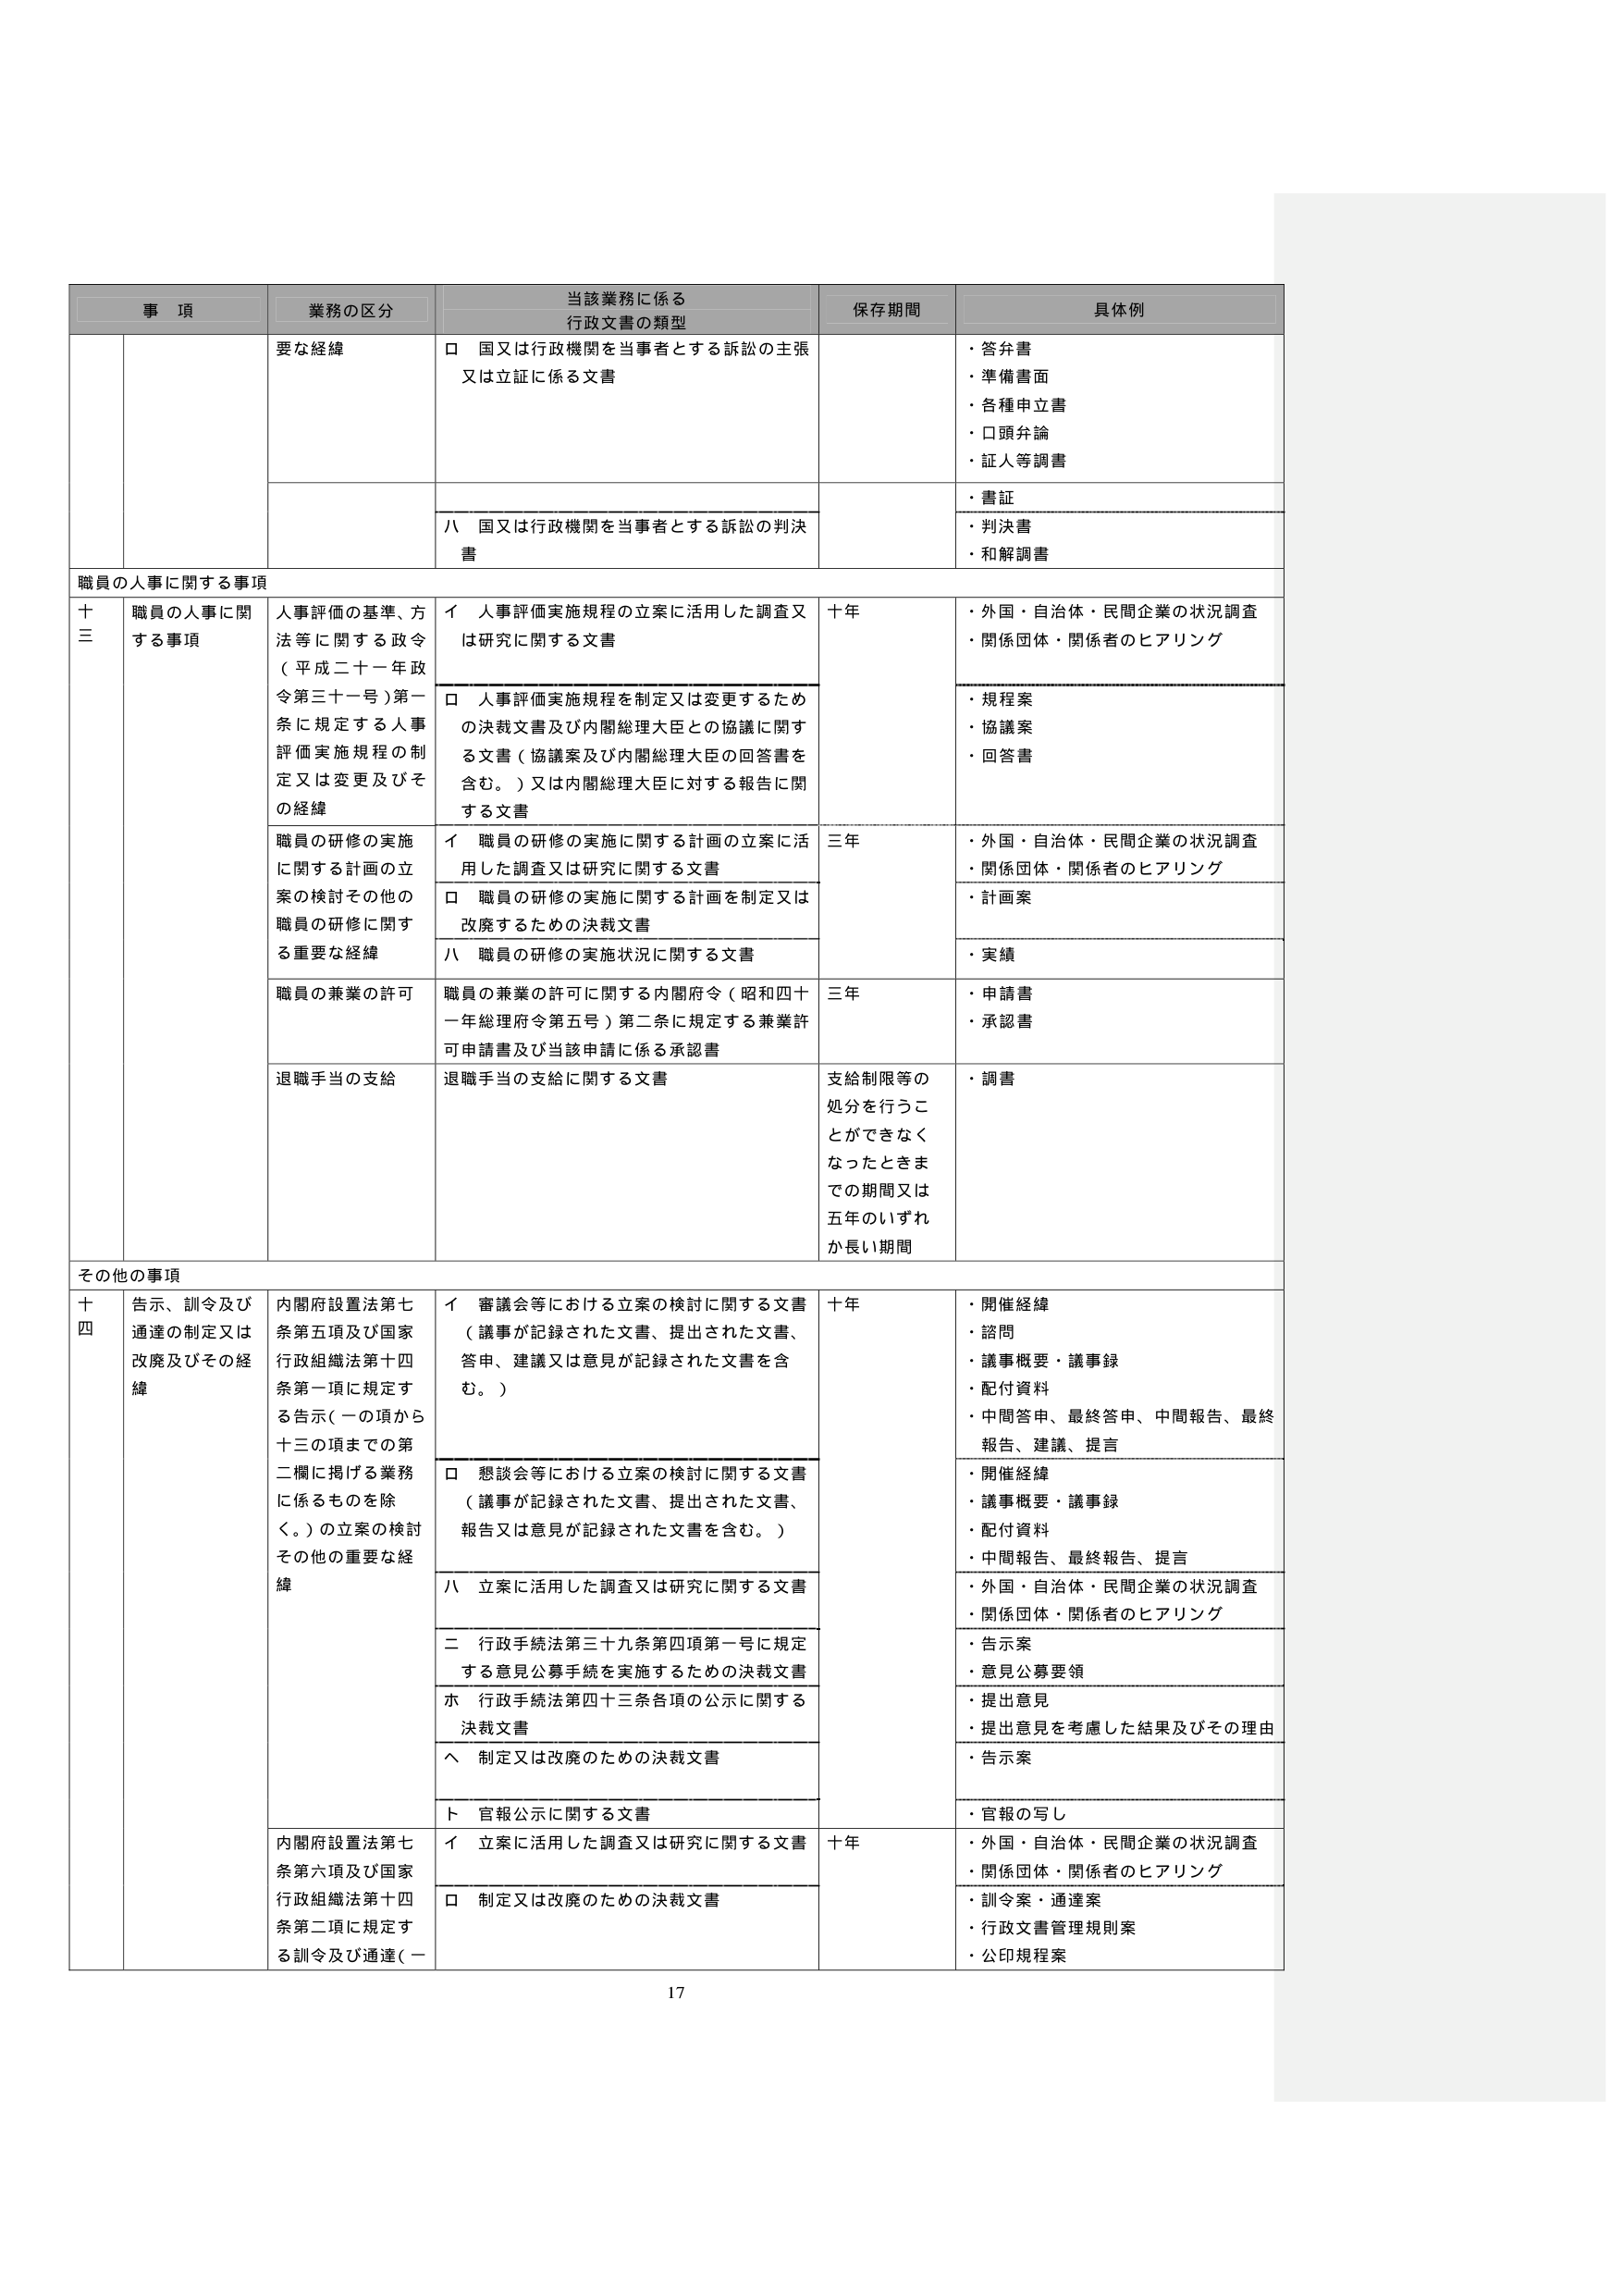
事 項 業務の区分 当該業務に係る 行政文書の類型 保存期間 具体例 要な経緯 □ 国又は行政機関を当事者とする訴訟の主張 又は立証に係る文書 ・答弁書 ・準備書面 ・各種申立書 ・口頭弁論 ・証人等調書 八 国又は行政機関を当事者とする訴訟の判決 書 ・書証 ・判決書 ・和解調書 職員の人事に関する事項 十三 職員の人事に関する事項 人事評価の基準、方法等に関する政令（平成二十一年政令第三十一号）第一条に規定する人事評価実施規程の制定又は変更及びその経緯 イ 人事評価実施規程の立案に活用した調査又は研究に関する文書 十年 ・外国・自治体・民間企業の状況調査 ・関係団体・関係者のヒアリング □ 人事評価実施規程を制定又は変更するための決裁文書及び内閣総理大臣との協議に関する文書（協議案及び内閣総理大臣の回答書を含む。）又は内閣総理大臣に対する報告に関する文書 ・規程案 ・協議案 ・回答書 職員の研修の実施に関する計画の立案の検討その他の職員の研修に関する重要な経緯 イ 職員の研修の実施に関する計画の立案に活用した調査又は研究に関する文書 三年 ・外国・自治体・民間企業の状況調査 ・関係団体・関係者のヒアリング □ 職員の研修の実施に関する計画を制定又は改廃するための決裁文書 ・計画案 八 職員の研修の実施状況に関する文書 ・実績 職員の兼業の許可 職員の兼業の許可に関する内閣府令（昭和四十一年総理府令第五号）第二条に規定する兼業許可申請書及び当該申請に係る承認書 三年 ・申請書 ・承認書 退職手当の支給 退職手当の支給に関する文書 支給制限等の処分を行うことができなくなったときまでの期間又は五年のいずれか長い期間 ・調書 その他の事項 十四 告示、訓令及び通達の制定又は改廃及びその経緯 内閣府設置法第七条第五項及び国家行政組織法第十四条第一項に規定する告示（一の項から十三の項までの第二欄に掲げる業務に係るものを除く。）の立案の検討その他の重要な経緯 イ 審議会等における立案の検討に関する文書（議事が記録された文書、提出された文書、答申、建議又は意見が記録された文書を含む。） 十年 ・開催経緯 ・諮問 ・議事概要・議事録 ・配付資料 ・中間答申、最終答申、中間報告、最終報告、建議、提言 □ 懇談会等における立案の検討に関する文書（議事が記録された文書、提出された文書、報告又は意見が記録された文書を含む。） ・開催経緯 ・議事概要・議事録 ・配付資料 ・中間報告、最終報告、提言 八 立案に活用した調査又は研究に関する文書 ・外国・自治体・民間企業の状況調査 ・関係団体・関係者のヒアリング 二 行政手続法第三十九条第四項第一号に規定する意見公募手続を実施するための決裁文書 ・告示案 ・意見公募要領 ホ 行政手続法第四十三条各項の公示に関する決裁文書 ・提出意見 ・提出意見を考慮した結果及びその理由 ヘ 制定又は改廃のための決裁文書 ・告示案 ト 官報公示に関する文書 ・官報の写し 内閣府設置法第七条第六項及び国家行政組織法第十四条第二項に規定する訓令及び通達（一 イ 立案に活用した調査又は研究に関する文書 十年 ・外国・自治体・民間企業の状況調査 ・関係団体・関係者のヒアリング □ 制定又は改廃のための決裁文書 ・訓令案・通達案 ・行政文書管理規則案 ・公印規程案 17